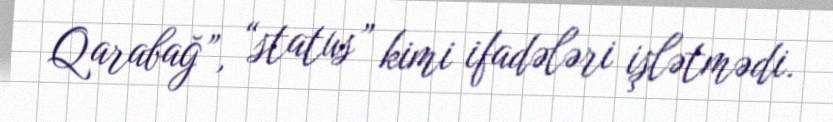
Qarabağ”, “status” kimi ifadələri işlətmədi.